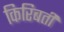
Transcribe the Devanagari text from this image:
किरिबती